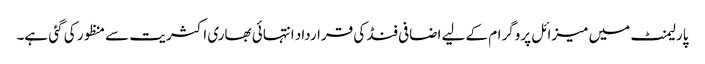
پارلیمنٹ میں میزائل پروگرام کے لیے اضافی فنڈ کی قرارداد انتہائی بھاری اکثریت سے منظور کی گئی ہے۔